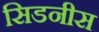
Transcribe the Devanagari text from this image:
सिडनीस